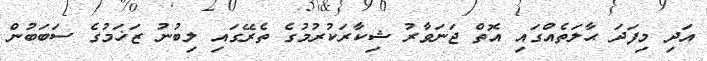
އަދި މިފަދަ ޙާލަތެއްގައި އޮތް ޖަނަވާރު ޝިކާރަކުރުމުގެ ތެރޭގައި ލިބުނު ޒަޚަމުގެ ސަބަބުން